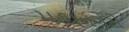
મહાનગરો